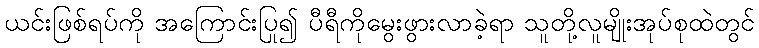
ယင်းဖြစ်ရပ်ကို အကြောင်းပြု၍ ပီရီကိုမွေးဖွားလာခဲ့ရာ သူတို့လူမျိုးအုပ်စုထဲတွင်